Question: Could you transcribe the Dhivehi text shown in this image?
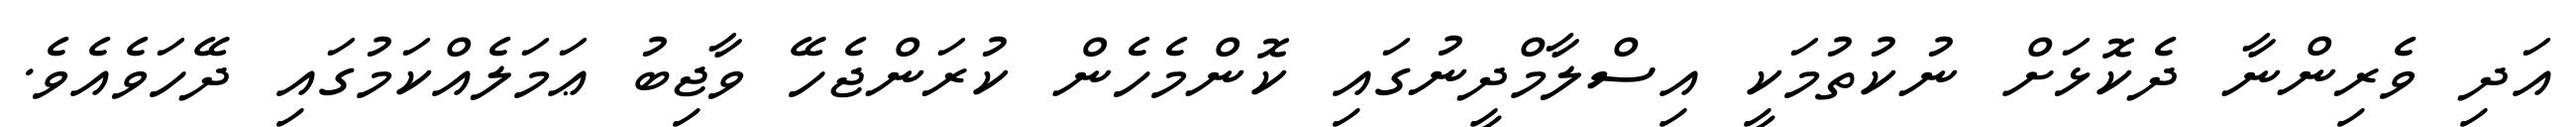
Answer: އަދި ވެރިންނާ ދެކޮޅަށް ނުކުތުމަކީ އިސްލާމްދީނުގައި ކޮންމެހެން ކުރަންޖެހޭ ވާޖިބު ޢަމަލެއްކަމުގައި ދޭހަވެއެވެ.